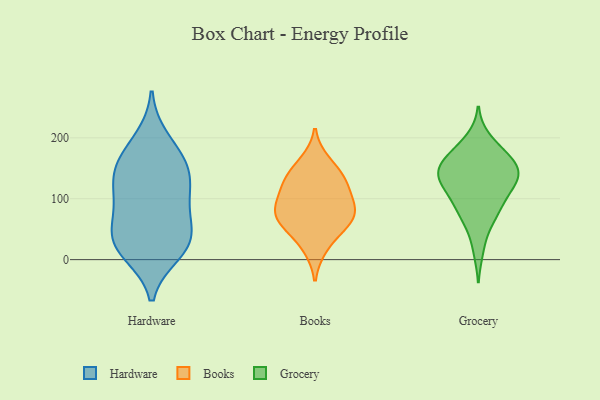
{"axis": {"x": "Operating Costs (USD K)", "y": "Value"}, "legend": ["Books", "Grocery", "Hardware"], "data": [{"x": "", "y": 24, "type": "Hardware"}, {"x": "", "y": 112, "type": "Hardware"}, {"x": "", "y": 44, "type": "Hardware"}, {"x": "", "y": 96, "type": "Hardware"}, {"x": "", "y": 57, "type": "Hardware"}, {"x": "", "y": 17, "type": "Hardware"}, {"x": "", "y": 11, "type": "Hardware"}, {"x": "", "y": 198, "type": "Hardware"}, {"x": "", "y": 35, "type": "Hardware"}, {"x": "", "y": 145, "type": "Hardware"}, {"x": "", "y": 144, "type": "Hardware"}, {"x": "", "y": 153, "type": "Hardware"}, {"x": "", "y": 170, "type": "Hardware"}, {"x": "", "y": 97, "type": "Hardware"}, {"x": "", "y": 70, "type": "Books"}, {"x": "", "y": 52, "type": "Books"}, {"x": "", "y": 94, "type": "Books"}, {"x": "", "y": 160, "type": "Books"}, {"x": "", "y": 70, "type": "Books"}, {"x": "", "y": 68, "type": "Books"}, {"x": "", "y": 20, "type": "Books"}, {"x": "", "y": 120, "type": "Books"}, {"x": "", "y": 136, "type": "Books"}, {"x": "", "y": 93, "type": "Books"}, {"x": "", "y": 131, "type": "Books"}, {"x": "", "y": 125, "type": "Grocery"}, {"x": "", "y": 185, "type": "Grocery"}, {"x": "", "y": 147, "type": "Grocery"}, {"x": "", "y": 88, "type": "Grocery"}, {"x": "", "y": 124, "type": "Grocery"}, {"x": "", "y": 198, "type": "Grocery"}, {"x": "", "y": 131, "type": "Grocery"}, {"x": "", "y": 158, "type": "Grocery"}, {"x": "", "y": 16, "type": "Grocery"}, {"x": "", "y": 165, "type": "Grocery"}, {"x": "", "y": 171, "type": "Grocery"}, {"x": "", "y": 117, "type": "Grocery"}, {"x": "", "y": 161, "type": "Grocery"}, {"x": "", "y": 143, "type": "Grocery"}, {"x": "", "y": 66, "type": "Grocery"}, {"x": "", "y": 142, "type": "Grocery"}, {"x": "", "y": 91, "type": "Grocery"}, {"x": "", "y": 60, "type": "Grocery"}, {"x": "", "y": 136, "type": "Grocery"}, {"x": "", "y": 92, "type": "Grocery"}]}